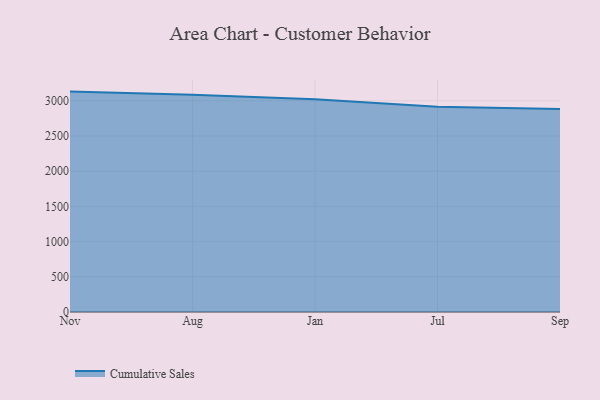
{"axis": {"x": "Month", "y": "Satisfaction Score"}, "legend": ["Cumulative Sales"], "data": [{"x": "Nov", "y": 3130.1, "type": "Cumulative Sales"}, {"x": "Aug", "y": 3084.6, "type": "Cumulative Sales"}, {"x": "Jan", "y": 3020.9, "type": "Cumulative Sales"}, {"x": "Jul", "y": 2915.9, "type": "Cumulative Sales"}, {"x": "Sep", "y": 2883.9, "type": "Cumulative Sales"}]}